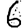
Digit: 6